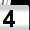
Digit: 4